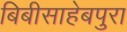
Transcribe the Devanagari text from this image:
बिबीसाहेबपुरा